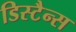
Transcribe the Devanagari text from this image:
डिस्टैन्स